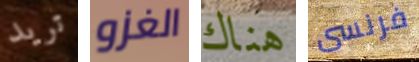
تريد الغزو هناك فرنسى